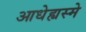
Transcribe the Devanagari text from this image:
आधेह्यस्मे